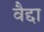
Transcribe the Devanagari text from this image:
वैद्दा